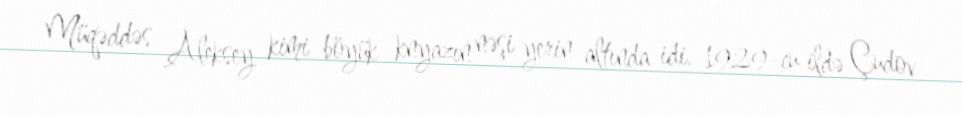
Müqəddəs Aleksey kimi böyük knyazın nəşi yerin altında idi. 1929-cu ildə Çudov